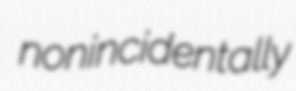
nonincidentally